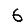
Digit: 6